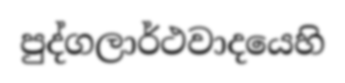
පුද්ගලාර්ථවාදයෙහි